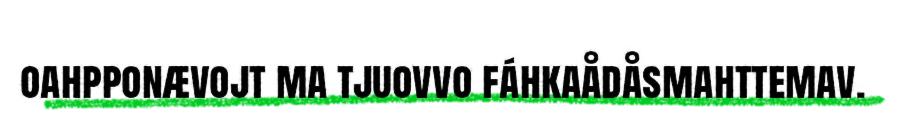
oahpponævojt ma tjuovvo fáhkaådåsmahttemav.